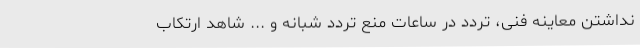
نداشتن معاینه فنی، تردد در ساعات منع تردد شبانه و ... شاهد ارتکاب